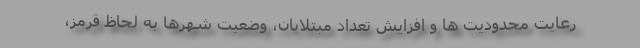
رعایت محدودیت ها و افزایش تعداد مبتلایان، وضعیت شهرها به لحاظ قرمز،